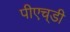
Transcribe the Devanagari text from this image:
पीएच्‌डी